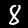
Label: 8